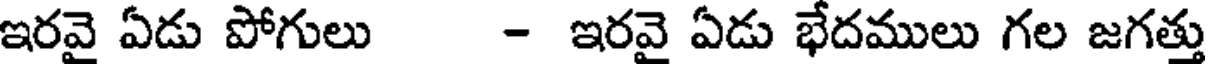
ఇరవై ఏడు పోగులు - ఇరవై ఏడు భేదములు గల జగత్తు